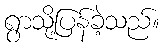
ရွာသို့ပြန်ခဲ့သည်။